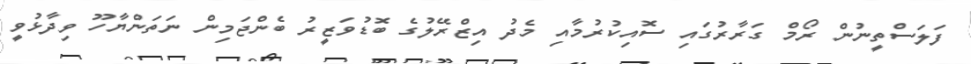
ފަލަސްތީނުން ރޯމް ގަރާރުގައި ސޮއިކުރުމާއި މެދު އިޒްރޭލުގެ ބޮޑުވަޒީރު ބެންޖަމިން ނަތަންޔާހޫ ވިދާޅުވީ